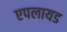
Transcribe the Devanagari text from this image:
एपलायड